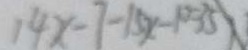
1 4 x - 7 - 1 5 x - 1 0 = 3 5